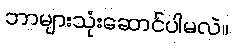
ဘာများသုံးဆောင်ပါမလဲ။